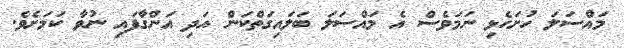
މައްސަލަ ހުށަހެޅި ނަމަވެސް އެ މައްސަލަ ބަލައިގަތްކަން އަދި އަންގާފައި ނުވާ ކަމަށެވެ.